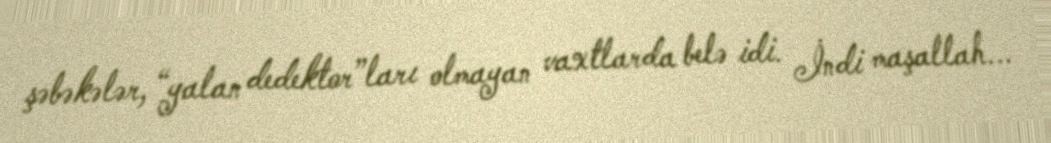
şəbəkələr, “yalan dedektor”ları olmayan vaxtlarda belə idi. İndi maşallah...